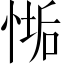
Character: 𢞄